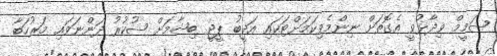
ޝަމީމް ވިދާޅުވީ އެގޮތަށް ނިންމެވިކަމަށްޓަކައި އަދީބު ޕީޖީ ބިޝާމަށް ޝުކުރު ދަންނަވައި މަރުހަބާ